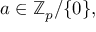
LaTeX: a \in \mathbb { Z } _ { p } / \{ 0 \} ,